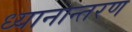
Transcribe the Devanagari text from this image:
ध्यानान्तरण